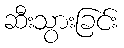
ဆီးသွားခြင်း